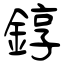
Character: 錞